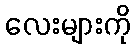
လေးများကို